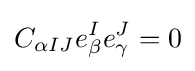
C_{\alpha IJ}e_{\beta }^{I}e_{\gamma }^{J}=0